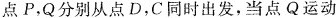
点P，Q分别从点D，C同时出发，当点Q运动